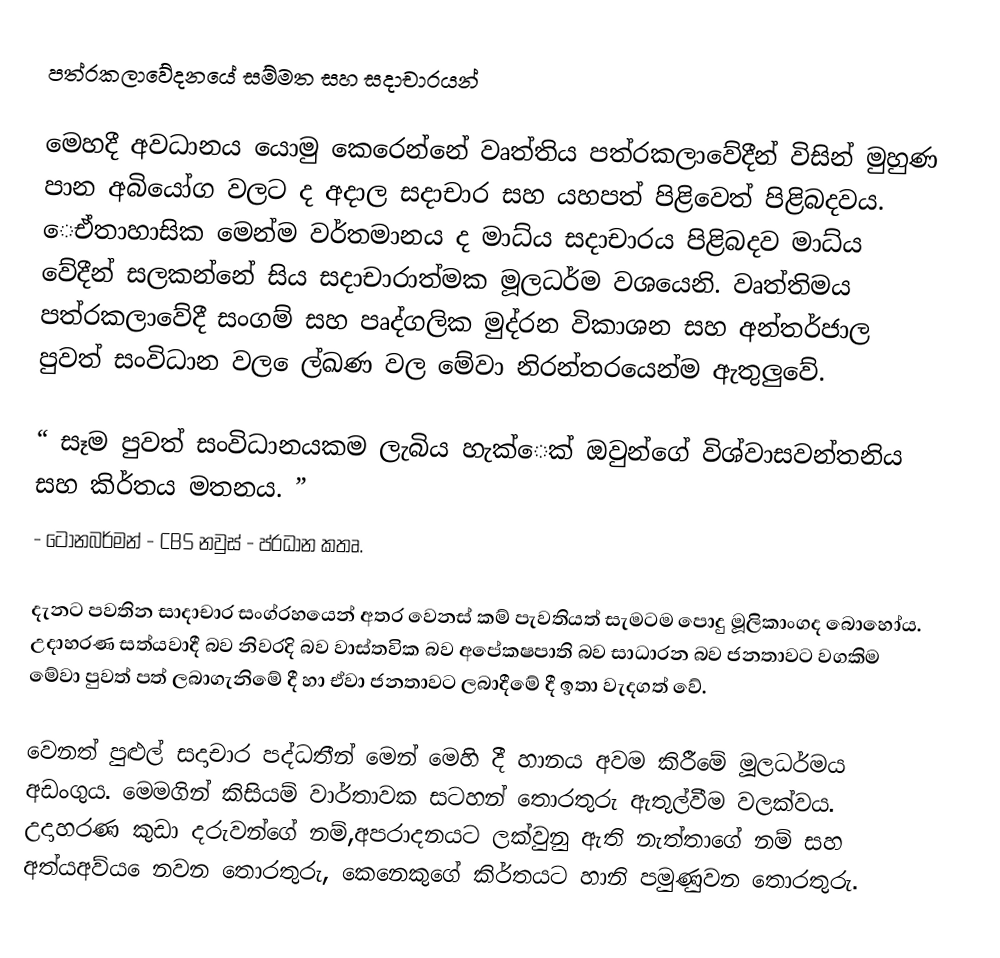
පත්රකලාවේදනයේ සම්මත සහ සදාචාරයන්

මෙහදී අවධානය යොමු කෙරෙන්නේ වෘත්තිය පත්රකලාවේදීන් විසින් මුහුණ පාන අබියෝග වලට ද අදාල සදාචාර සහ යහපත් පිළිවෙත් පිළිබදවය. ෙඒතාහාසික මෙන්ම වර්තමානය ද මාධ්ය සදාචාරය පිළිබදව මාධ්ය වේදීන් සලකන්නේ සිය සදාචාරාත්මක මූලධර්ම වශයෙනි. වෘත්තිමය පත්රකලාවේදී සංගම් සහ පෘද්ගලික මුද්රන විකාශන සහ අන්තර්ජාල  පුවත් සංවිධාන වල  ෙල්ඛණ වල මේවා නිරන්තරයෙන්ම ඇතුලුවේ.

“ සෑම පුවත් සංවිධානයකම ලැබිය හැක්ෙක් ඔවුන්ගේ විශ්වාසවන්තනිය සහ කිර්තය මතනය. ”
- ටෝනබර්මන් - CBS නවුස් - ප්රධාන කතෘ.

දැනට පවතින සාදාචාර සංග්රහයෙන් අතර වෙනස් කම් පැවතියත් සැමටම පොදු  මූලිකාංගද බොහෝය. උදාහරණ සත්යවාදී බව නිවරදි බව වාස්තවික බව අපේකෂපාති බව සාධාරන බව ජනතාවට වගකිම මේවා පුවත් පත් ලබාගැනිමේ දී හා ඒවා ජනතාවට ලබාදීමේ දී ඉතා වැදගත් වේ.

වෙනත් පුළුල් සදාචාර පද්ධතීන් මෙන් මෙහි දී හානය අවම කිරීමේ මූලධර්මය අඩංගුය. මෙමගින් කිසියම් වාර්තාවක සටහන් තොරතුරු ඇතුල්වීම වලක්වය. උදාහරණ කුඩා දරුවන්ගේ නම්,අපරාදනයට ලක්වුනු ඇති නැත්තාගේ නම් සහ අත්යඅව්ය ෙනවන තොරතුරු, කෙනෙකුගේ කිර්තයට හානි පමුණුවන තොරතුරු.